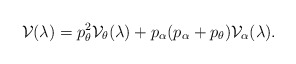
\begin{align*}{\cal V}(\lambda)=p_{\theta}^{2}{\cal V}_{\theta}(\lambda)+p_{\alpha}(p_{\alpha}+p_{\theta}){\cal V}_{\alpha}(\lambda).\end{align*}